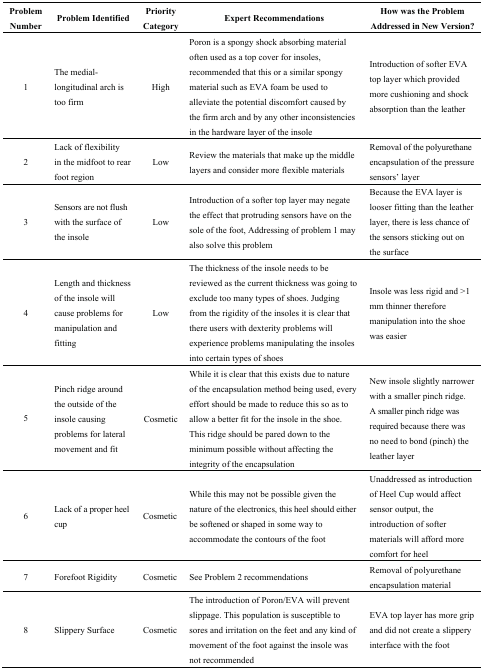
<table><thead><tr><td><b>Problem Number</b></td><td><b>Problem Identified</b></td><td><b>Priority Category</b></td><td><b>Expert Recommendations</b></td><td><b>How was the Problem Addressed in New Version?</b></td></tr></thead><tbody><tr><td>1</td><td>The medial-longitudinal arch is too firm</td><td>High</td><td>Poron is a spongy shock absorbing material often used as a top cover for insoles, recommended that this or a similar spongy material such as EVA foam be used to alleviate the potential discomfort caused by the firm arch and by any other inconsistencies in the hardware layer of the insole</td><td>Introduction of softer EVA top layer which provided more cushioning and shock absorption than the leather</td></tr><tr><td>2</td><td>Lack of flexibility in the midfoot to rear foot region</td><td>Low</td><td>Review the materials that make up the middle layers and consider more flexible materials</td><td>Removal of the polyurethane encapsulation of the pressure sensors’ layer</td></tr><tr><td>3</td><td>Sensors are not flush with the surface of the insole</td><td>Low</td><td>Introduction of a softer top layer may negate the effect that protruding sensors have on the sole of the foot, Addressing of problem 1 may also solve this problem</td><td>Because the EVA layer is looser fitting than the leather layer, there is less chance of the sensors sticking out on the surface</td></tr><tr><td>4</td><td>Length and thickness of the insole will cause problems for manipulation and fitting</td><td>Low</td><td>The thickness of the insole needs to be reviewed as the current thickness was going to exclude too many types of shoes. Judging from the rigidity of the insoles it is clear that there users with dexterity problems will experience problems manipulating the insoles into certain types of shoes</td><td>Insole was less rigid and &gt;1 mm thinner therefore manipulation into the shoe was easier</td></tr><tr><td>5</td><td>Pinch ridge around the outside of the insole causing problems for lateral movement and fit</td><td>Cosmetic</td><td>While it is clear that this exists due to nature of the encapsulation method being used, every effort should be made to reduce this so as to allow a better fit for the insole in the shoe. This ridge should be pared down to the minimum possible without affecting the integrity of the encapsulation</td><td>New insole slightly narrower with a smaller pinch ridge. A smaller pinch ridge was required because there was no need to bond (pinch) the leather layer</td></tr><tr><td>6</td><td>Lack of a proper heel cup</td><td>Cosmetic</td><td>While this may not be possible given the nature of the electronics, this heel should either be softened or shaped in some way to accommodate the contours of the foot</td><td>Unaddressed as introduction of Heel Cup would affect sensor output, the introduction of softer materials will afford more comfort for heel</td></tr><tr><td>7</td><td>Forefoot Rigidity</td><td>Cosmetic</td><td>See Problem 2 recommendations</td><td>Removal of polyurethane encapsulation material</td></tr><tr><td>8</td><td>Slippery Surface</td><td>Cosmetic</td><td>The introduction of Poron/EVA will prevent slippage. This population is susceptible to sores and irritation on the feet and any kind of movement of the foot against the insole was not recommended</td><td>EVA top layer has more grip and did not create a slippery interface with the foot</td></tr></tbody></table>